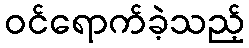
ဝင်ရောက်ခဲ့သည့်